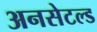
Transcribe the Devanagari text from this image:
अनसेटल्ड